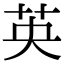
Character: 英